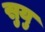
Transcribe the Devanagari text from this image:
सुयु